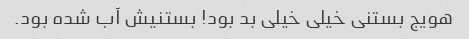
هویج بستنی خیلی خیلی بد بود! بستنیش آب شده بود.